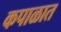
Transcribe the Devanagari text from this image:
कपाळात